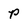
Character: P